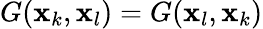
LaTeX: G(\mathbf{x}_{k},\mathbf{x}_{l})=G(\mathbf{x}_{l},\mathbf{x}_{k})